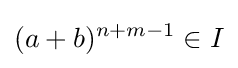
(a+b)^{n+m-1}\in I